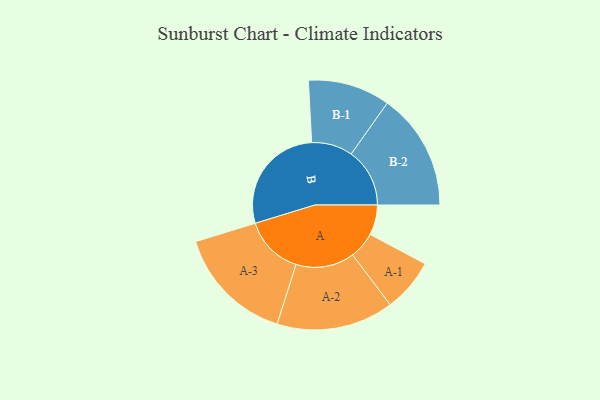
{"axis": {"x": "Segment", "y": "Value"}, "legend": ["", "A", "B"], "data": [{"x": "A", "y": 131, "type": ""}, {"x": "B", "y": 485, "type": ""}, {"x": "A-1", "y": 116, "type": "A"}, {"x": "A-2", "y": 255, "type": "A"}, {"x": "A-3", "y": 258, "type": "A"}, {"x": "B-1", "y": 179, "type": "B"}, {"x": "B-2", "y": 255, "type": "B"}]}